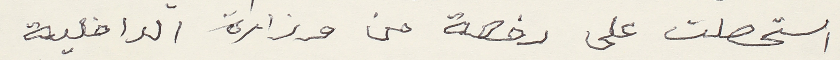
استحصلت على رخصة من وزارة الداخلية